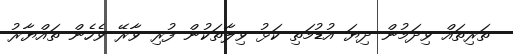
ތަރިތައް ވިދަމުން ދިޔަ އުޑުމަތި ކަޅު ވިލާތަކުން ފުރި ވާރޭ ވެހެން ތައްޔާރު